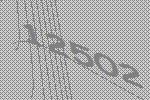
12502